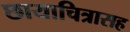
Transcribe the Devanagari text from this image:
छायाचित्रासह